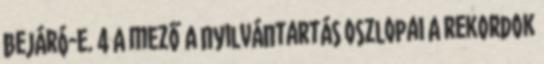
bejáró-e. 4 A mező A nyilvántartás oszlopai A rekordok